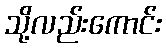
သို့လည်းကောင်း